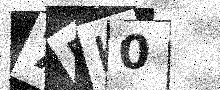
Text: 7EK0